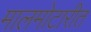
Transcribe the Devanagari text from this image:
मालमोटारीत